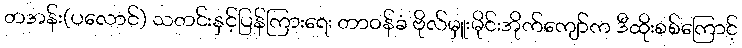
တအန်း(ပလောင်) သတင်းနှင့်ပြန်ကြားရေး တာဝန်ခံ ဗိုလ်မှူးမိုင်းအိုက်ကျော်က ဒီထိုးစစ်ကြောင့်